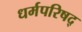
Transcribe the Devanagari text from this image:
धर्मपरिषद्